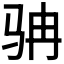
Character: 𩧬